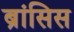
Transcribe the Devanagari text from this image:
ब्रांसिस